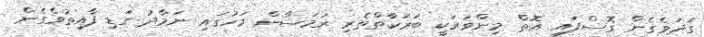
ގަދަވެގެން ގޮސްފައި އޮތް މިންވަރަކީ ބަރަކާތްތެރި ރަމަޟާން މަހުގައި ނަމާދު ގަޑި ފާއިތުވެގެން